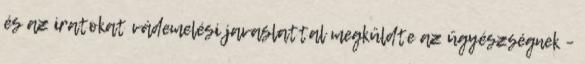
és az iratokat vádemelési javaslattal megküldte az ügyészségnek –